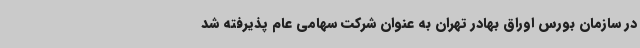
در سازمان بورس اوراق بهادر تهران به عنوان شرکت سهامی عام پذیرفته شد